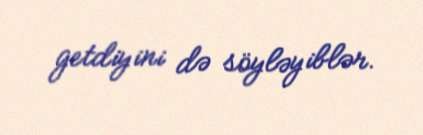
getdiyini də söyləyiblər.